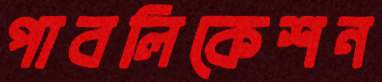
পাবলিকেশন